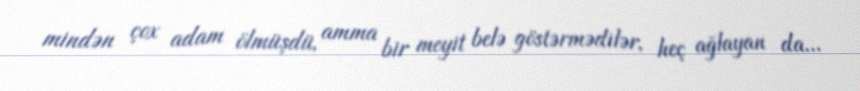
mindən çox adam ölmüşdü, amma bir meyit belə göstərmədilər, heç ağlayan da...